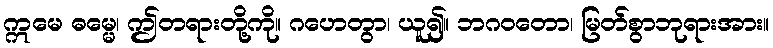
ဣမေ ဓမ္မေ၊ ဤတရားတို့ကို။ ဂဟေတွာ၊ ယူ၍။ ဘဂဝတော၊ မြတ်စွာဘုရားအား။